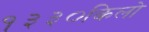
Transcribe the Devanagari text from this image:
१३३०किलो